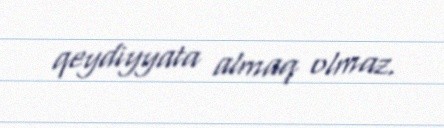
qeydiyyata almaq olmaz.